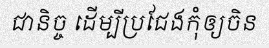
ជានិច្ច ដើម្បីប្រជែងកុំឲ្យចិន